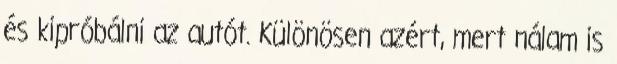
és kipróbálni az autót. Különösen azért, mert nálam is